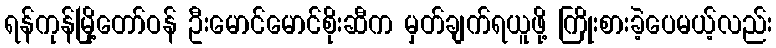
ရန်ကုန်မြို့တော်ဝန် ဦးမောင်မောင်စိုးဆီက မှတ်ချက်ရယူဖို့ ကြိုးစားခဲ့ပေမယ့်လည်း